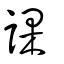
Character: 課